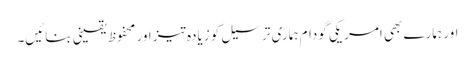
اور ہمارے بھی امریکی گودام ہماری ترسیل کو زیادہ تیز اور محفوظ یقینی بنائیں۔